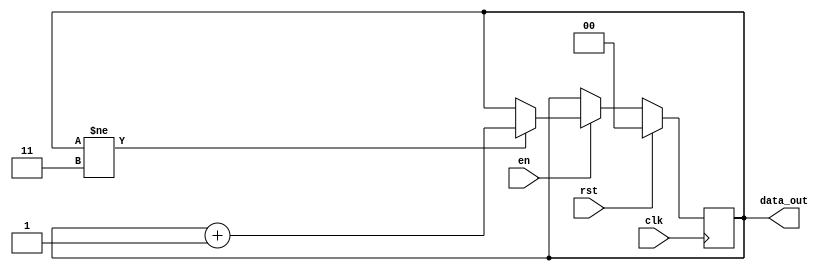
`timescale 1ns/1ps

module counter (
  input 	   clk,
  input 	   rst,
  input 	   en,
  output reg [1:0] data_out
);

   
   always @ (posedge clk) begin
      if (rst == 1'b1) begin
	 data_out <= 2'b0;
      end
      else if (en == 1'b1 ) begin	 
	 if(data_out != 2'b11)
	    data_out <= data_out+1'b1;
      end
   end

endmodule